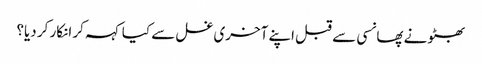
بھٹو نے پھانسی سے قبل اپنے آخری غسل سے کیا کہہ کر انکار کر دیا؟